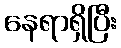
နေရာရှိပြီး